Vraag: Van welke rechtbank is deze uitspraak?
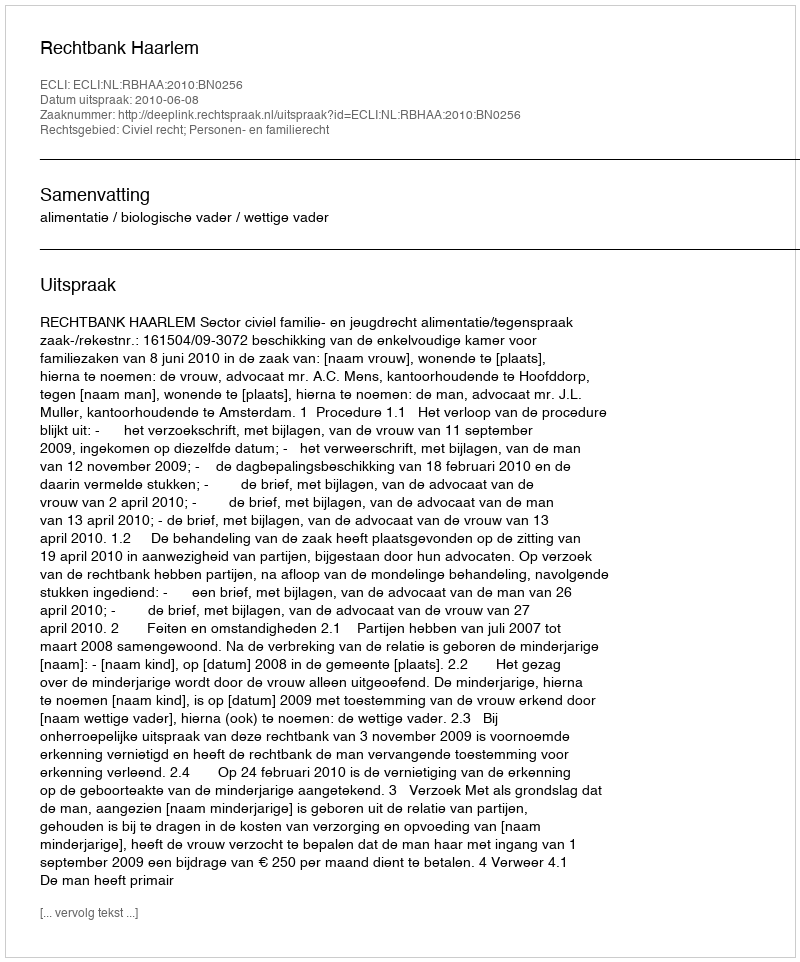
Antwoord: Rechtbank Haarlem